Lunatic asylums Central Provinces reports 1874-1885 - 1874-1885
Year: 1874
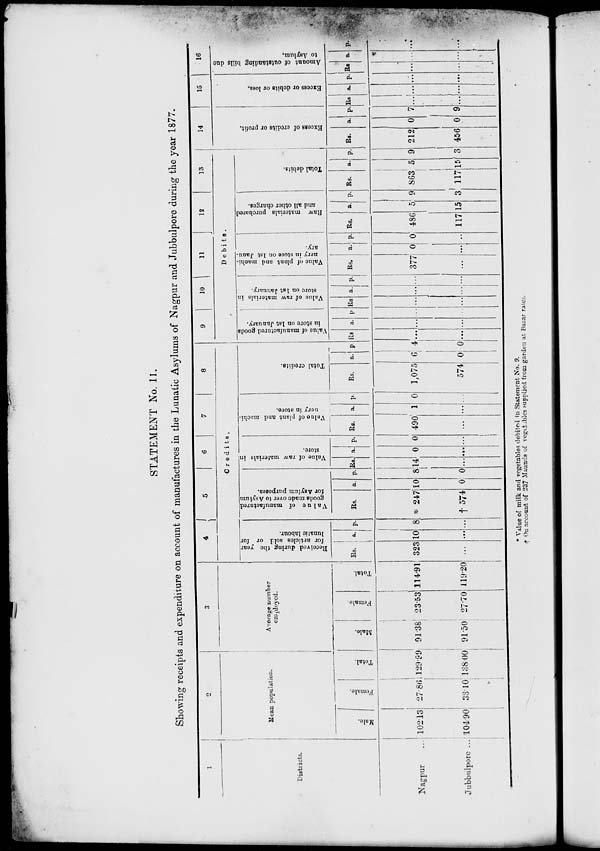
STATEMENT No. 11.
Showing receipts and expenditure on account of manufactures in the Lunatic Asylums of Nagpur and Jubbulpore during the year 1877.
1
Districts.
Nagpur ...
Jubbulpore ...
2
Mean population.
Male.
102.13
104.90
Female.
27.86
33.10
Total.
129.99
138.00
3
Average number
employed.
Male.
91.38
91.50
Female.
23.53
27.70
Total.
114.91
119.20
4
5
6
7
8
Credits.
Received during the year
for articles sold or for
lunatic labour.
Rs.
323
...
a.
10
...
p.
8
...
Value of manufactured
goods made over to Asylum
for Asylum purposes.
Rs.
* 247
† 574
a.
10
0
p.
8
0
Value of raw materials in
store.
Rs.
14
...
a.
0
...
p.
0
...
Value of plant and machi-
nery in store.
Rs.
490
...
a.
1
...
p.
0
...
Total credits.
Rs.
1,075
574
a.
6
0
p.
4
0
9
10
11
12
13
Debits.
Value of manufactured goods
in store on 1st January.
Rs
...
...
a.
...
...
p.
...
...
Value of raw materials in
store on 1st January.
Rs
...
...
a.
...
...
p.
...
...
Value of plant and machi-
nery in store on 1st Janu-
ary.
Rs.
377
...
a.
0
...
p.
0
...
Raw materials purchased
and all other charges.
Rs.
486
117
a.
5
15
p.
9
3
Total debits.
Rs.
863
117
a.
5
15
p.
9
3
14
Excess of credits or profit.
Rs.
212
456
a.
0
0
p.
7
9
15
Excess or debits or loss.
Rs
...
...
a.
...
...
p.
...
...
16
Amount of outstanding bills due
to Asylum.
Rs
...
...
a.
...
...
p.
...
...
* Value of milk and vegetables debited in Statement No. 9.
† On account of 237 Maunds of vegitables supplied from garden at Bazar rates.